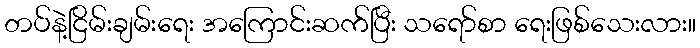
တပ်နဲ့ငြိမ်းချမ်းရေး အကြောင်းဆက်ပြီး သရော်စာ ရေးဖြစ်သေးလား။